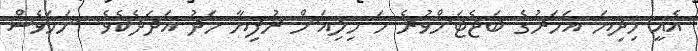
އެއީ މިދިޔަ އަހަރުގެ ބަޖެޓަށްވުރެ ހަ މިލިއަން ރުފިޔާ މަދު އަދަދެކެވެ. ނަމަވެސް